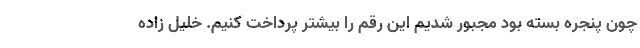
چون پنجره بسته بود مجبور شدیم این رقم را بیشتر پرداخت کنیم. خلیل زاده